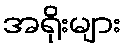
အရိုးများ